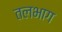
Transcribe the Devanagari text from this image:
तलभाग